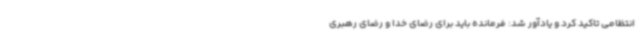
انتظامی تاکید کرد و یادآور شد: فرمانده باید برای رضای خدا و رضای رهبری